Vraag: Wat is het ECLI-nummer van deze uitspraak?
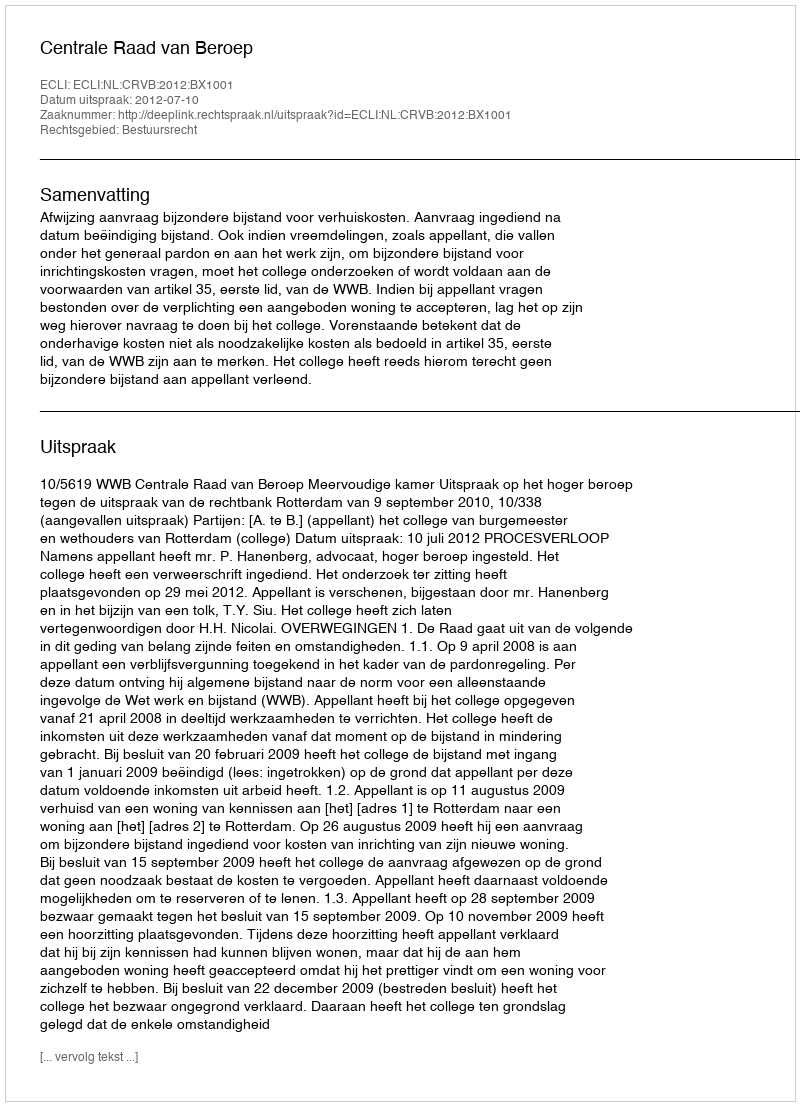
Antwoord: ECLI:NL:CRVB:2012:BX1001